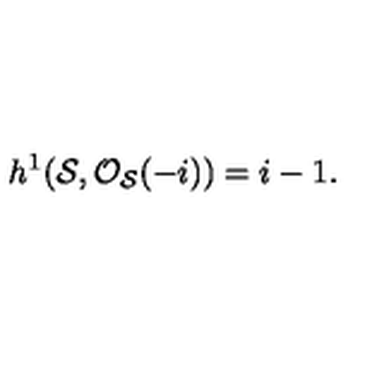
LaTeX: h ^ { 1 } ( { \cal S } , { \cal O } _ { { \cal S } } ( - i ) ) = i - 1 .